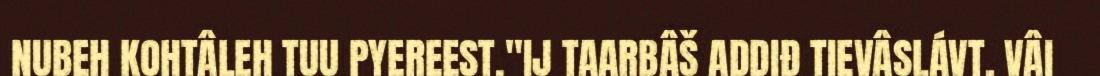
NUBEH KOHTÂLEH TUU PYEREEST."IJ TAARBÂŠ ADDIĐ TIEVÂSLÁVT, VÂI